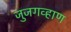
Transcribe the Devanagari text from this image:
जुजगव्हाण